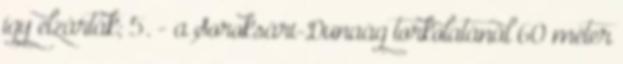
így elzárták; 5. - a Soroksári-Dunaág torkolatánál 60 méter